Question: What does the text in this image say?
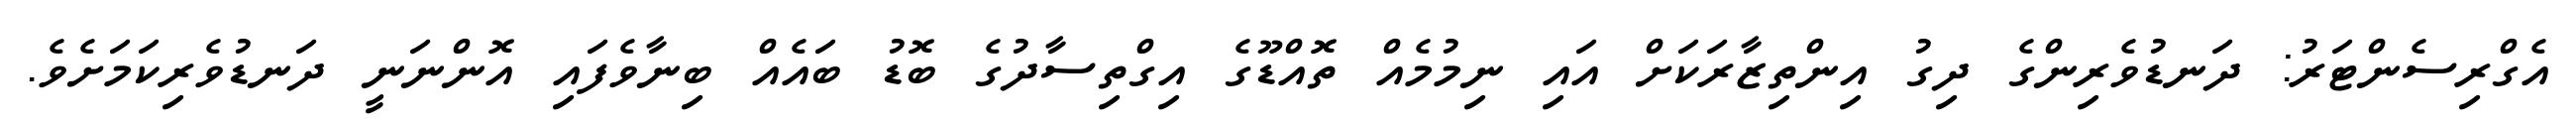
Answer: އެގްރިސެންޓަރު: ދަނޑުވެރިންގެ ދިގު އިންތިޒާރަކަށް އައި ނިމުމެއް ތޮއްޑޫގެ އިގްތިސާދުގެ ބޮޑު ބައެއް ބިނާވެފައި އޮންނަނީ ދަނޑުވެރިކަމަށެވެ.